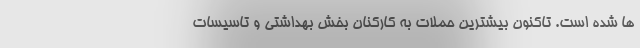
ها شده است. تاکنون بیشترین حملات به کارکنان بخش بهداشتی و تاسیسات